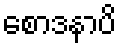
စောဒနာပိ